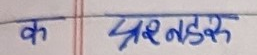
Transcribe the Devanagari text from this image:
क प्रश्नडुरु